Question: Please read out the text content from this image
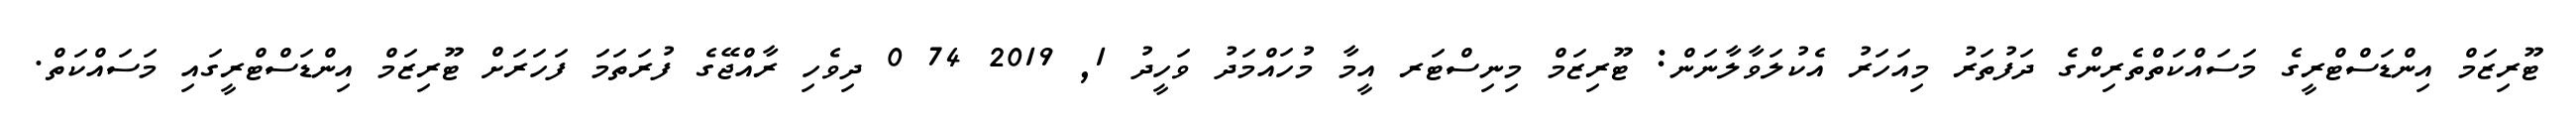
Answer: ޓޫރިޒަމް އިންޑަސްޓްރީގެ މަސައްކަތްތެރިންގެ ދަފުތަރު މިއަހަރު އެކުލަވާލާނަން: ޓޫރިޒަމް މިނިސްޓަރ އީމާ މުހައްމަދު ވަހީދު 1, 2019 74 0 ދިވެހި ރާއްޖޭގެ ފުރަތަމަ ފަހަރަށް ޓޫރިޒަމް އިންޑަސްޓްރީގައި މަސައްކަތް.